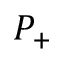
P _ { + }